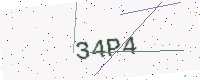
Text: 34P4